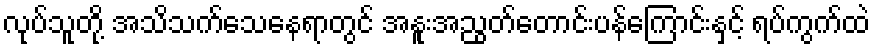
လုပ်သူတို့ အသိသက်သေနေရာတွင် အနူးအညွတ်တောင်းပန်ကြောင်းနှင့် ရပ်ကွက်ထဲ